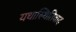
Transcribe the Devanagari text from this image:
यथास्थितिवाद